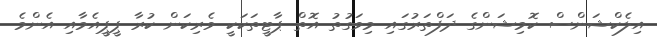
އިލެކްޝަންސް ކޮމިޝަންގެ ދަފްތަރުގައި މިވަގުތު އޮތް ޕާޓީތަކަކީ ވެރިކަން ކުރާ ޕީޕީއެމާއި އެންމެ